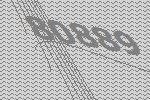
80889